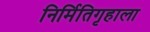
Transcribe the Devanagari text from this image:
निर्मितिगृहाला